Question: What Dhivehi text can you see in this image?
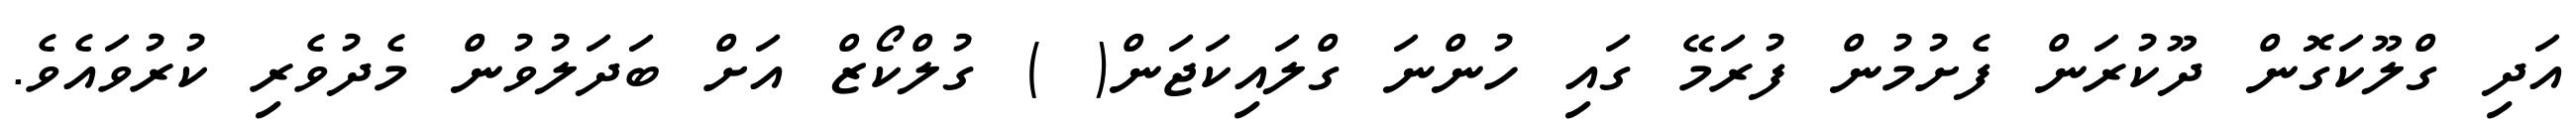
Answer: އަދި ގްލޫކަގޮން ދޫކުރަން ފެށުމުން ފުރަމޭ ގައި ހުންނަ ގްލައިކަޖަން( ) ގުލްކޯޒް އަށް ބަދަލުވުން މެދުވެރި ކުރުވައެވެ.